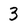
Character: 3